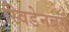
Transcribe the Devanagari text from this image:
स्विडेनबर्ग